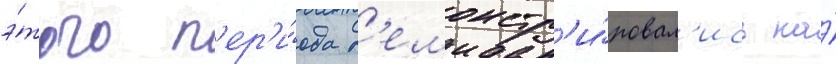
э́того п'ер'и́ода д'емонстр'и́ровал'ись на́